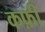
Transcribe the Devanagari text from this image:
कफ़ी